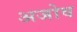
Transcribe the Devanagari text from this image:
अजोव